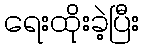
ရေးထိုးခဲ့ပြီး